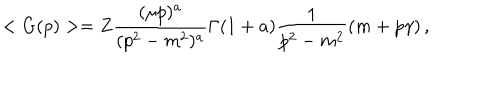
LaTeX: < G ( p ) > = Z \frac { ( \mu p ) ^ { a } } { ( p ^ { 2 } - m ^ { 2 } ) ^ { a } } \Gamma ( 1 + a ) \frac { 1 } { p ^ { 2 } - m ^ { 2 } } \left( m + p \gamma \right) ,